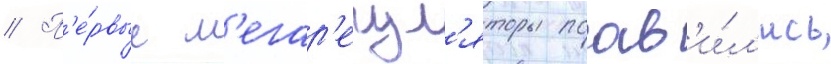
// П'е́рвые м'егар'егул'яторы поав'и́л'ись